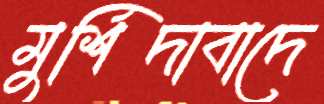
মুর্শিদাবাদে